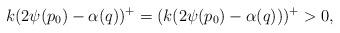
LaTeX: \begin{align*} k(2\psi(p_0)-\alpha(q))^+= (k(2\psi(p_0)-\alpha(q)))^+> 0, \end{align*}